18_6369445_General_1948_Vol_1
Agency: Department of War
Incident date: 6/15/48
Page 24
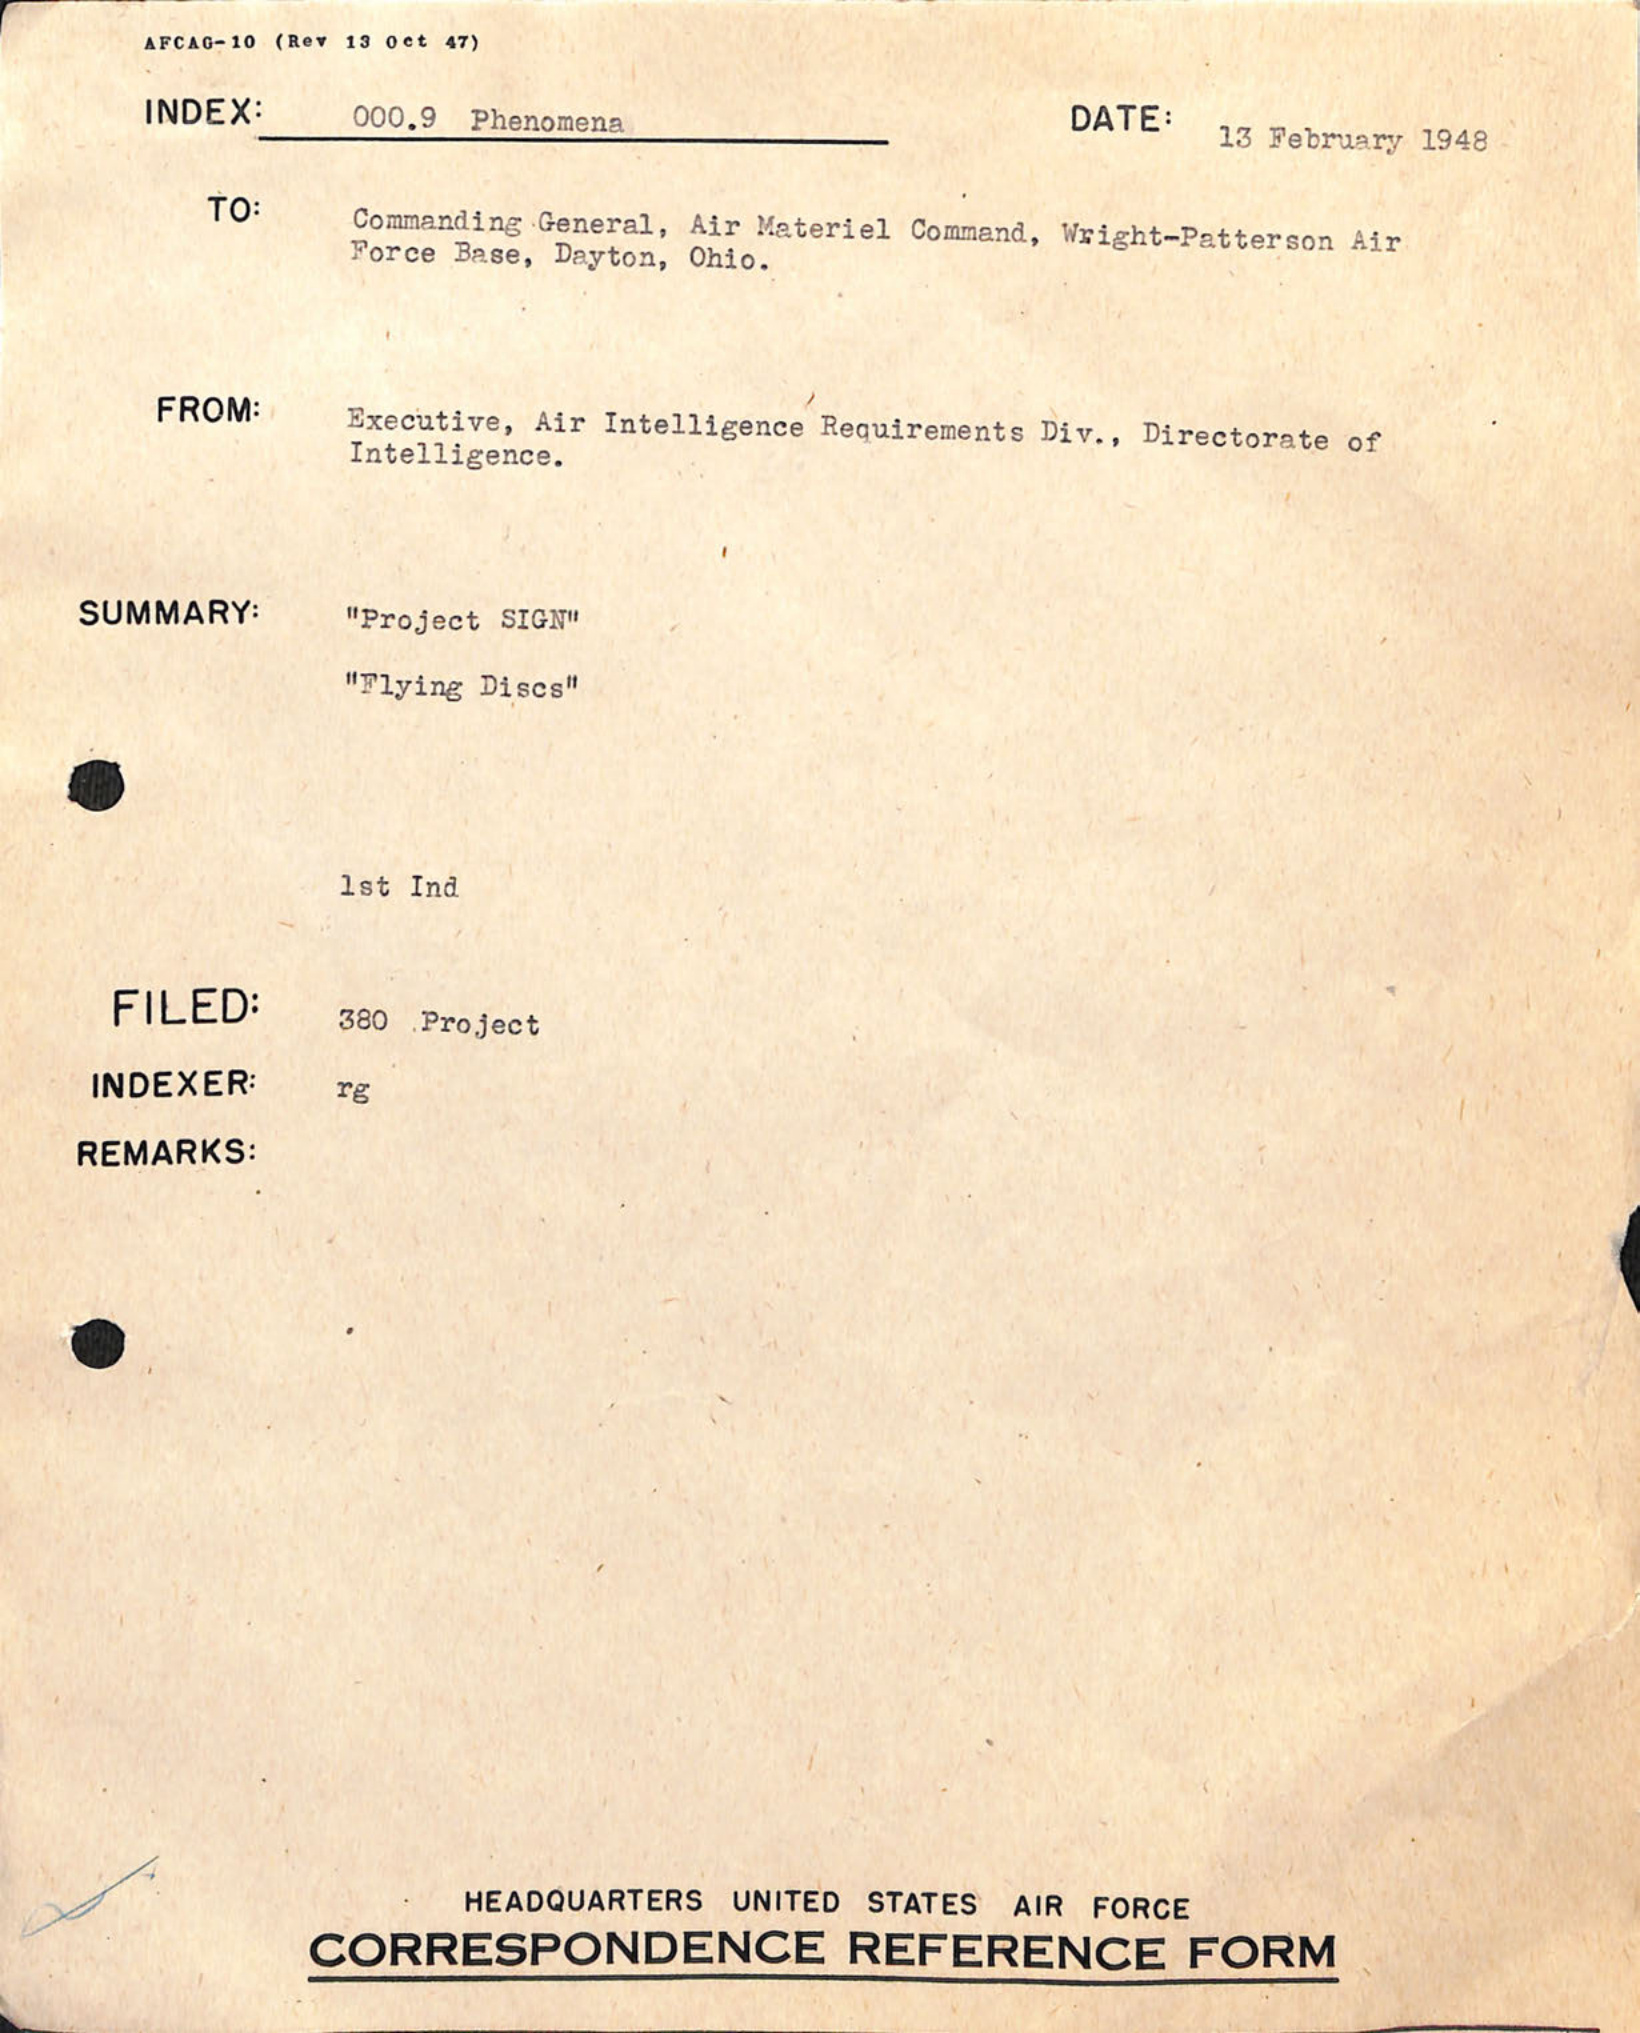